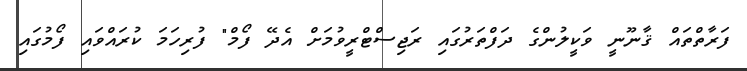
ފަރާތްތައް ޤާނޫނީ ވަކީލުންގެ ދަފްތަރުގައި ރަޖިސްޓްރީވުމަށް އެދޭ ފޯމް" ފުރިހަމަ ކުރައްވައި ފޯމުގައި